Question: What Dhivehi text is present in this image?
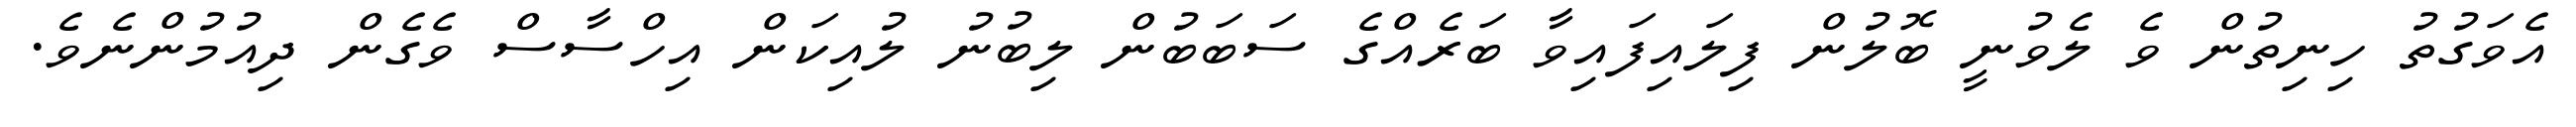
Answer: އެވަގުތު ހިނިތުން ވެ ލެވުނީ ބޮލުން ފިލައިފައިވާ ބަރެއްގެ ސަބަބުން ލިބުނު ލުއިކަން އިހްސާސް ވެގެން ދިއުމުންނެވެ.